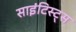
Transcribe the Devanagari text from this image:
साइंटिस्ट्स